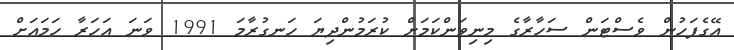
އޭގެފަހުން ވެސްޓަން ސަހާރާގެ މިނިވަންކަމަށް ކުރަމުންދިޔަ ހަނގުރާމަ 1991 ވަނަ އަހަރާ ހަމައަށް